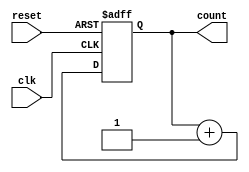
module async_counter #(
    parameter N = 4  // Parameter to define the number of bits in the counter
)(
    input wire clk,      // Clock input
    input wire reset,    // Asynchronous reset input
    output reg [N-1:0] count // Counter output
);

// Asynchronous reset and counting mechanism
always @(posedge clk or posedge reset) begin
    if (reset) begin
        count <= {N{1'b0}}; // Set count to 0 if reset is high
    end else begin
        count <= count + 1; // Increment the count on clock edge
    end
end

endmodule